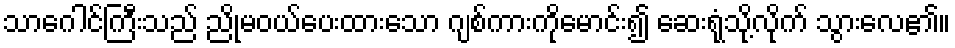
သာဂေါင်ကြီးသည် ညိုမဝယ်ပေးထားသော ဂျစ်ကားကိုမောင်း၍ ဆေးရုံသို့လိုက် သွားလေ၏။